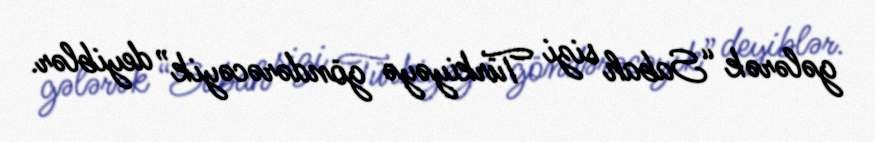
gələrək “Sabah sizi Türkiyəyə göndərəcəyik” deyiblər.